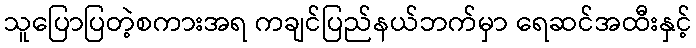
သူပြောပြတဲ့စကားအရ ကချင်ပြည်နယ်ဘက်မှာ ရေဆင်အထီးနှင့်